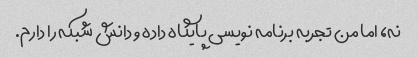
نه، اما من تجربه برنامه نویسی پایگاه داده و دانش شبکه را دارم.